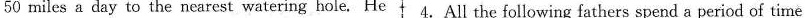
50 miles a day to the nearest watering hole. He t 4.All the following fathers spend a period of time